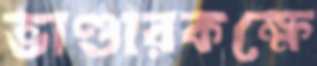
ভাণ্ডারকক্ষে